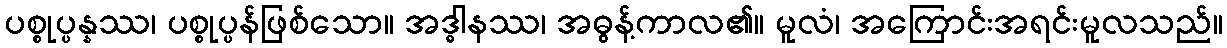
ပစ္စုပ္ပန္နဿ၊ ပစ္စုပ္ပန်ဖြစ်သော။ အဒ္ဓါနဿ၊ အဓွန့်ကာလ၏။ မူလံ၊ အကြောင်းအရင်းမူလသည်။